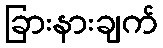
ခြားနားချက်